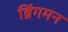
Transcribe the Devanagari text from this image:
ब्रिंगमन